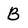
Character: B